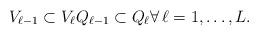
LaTeX: \begin{align*} V_{\ell-1} \subset V_\ell Q_{\ell-1} \subset Q_\ell \forall\, \ell=1, \dots, L.\end{align*}